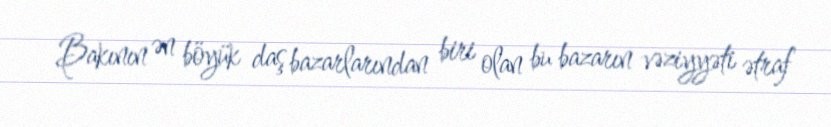
Bakının ən böyük daş bazarlarından biri olan bu bazarın vəziyyəti ətraf